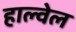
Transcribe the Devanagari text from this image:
हाल्वेल